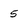
Character: 5